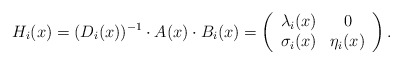
\begin{align*}H_i(x)=(D_i(x))\sp{-1}\cdot A(x)\cdot B_i(x)=\left( \begin{array}{cc} \lambda_i(x) & 0 \\ \sigma_i(x) & \eta_i(x) \\ \end{array} \right).\end{align*}